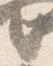
言